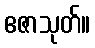
ဧဇာသုတ်။